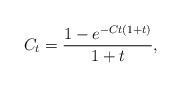
\begin{align*}C_t = \frac{1 - e^{-Ct(1 + t)}}{1 + t},\end{align*}